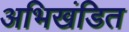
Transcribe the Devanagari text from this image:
अभिखंडित